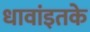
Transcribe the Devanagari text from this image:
धावांइतके